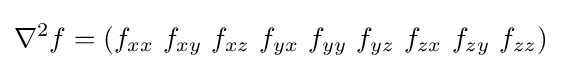
\nabla ^{2}f=(f_{xx}\ f_{xy}\ f_{xz}\ f_{yx}\ f_{yy}\ f_{yz}\ f_{zx}\ f_{zy}\ f_{zz})